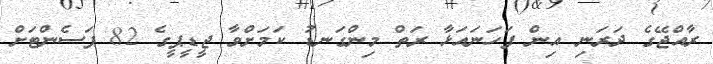
ރާއްޖޭގެ ދަރަނި އިން ފަހަނައަޅާ ރަތް މިންގަނޑު ކަމަށްވާ ޖީޑީޕީގެ 82 ޕަސެންޓަށް